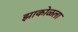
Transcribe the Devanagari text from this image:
झाकोळला